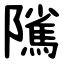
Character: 隲